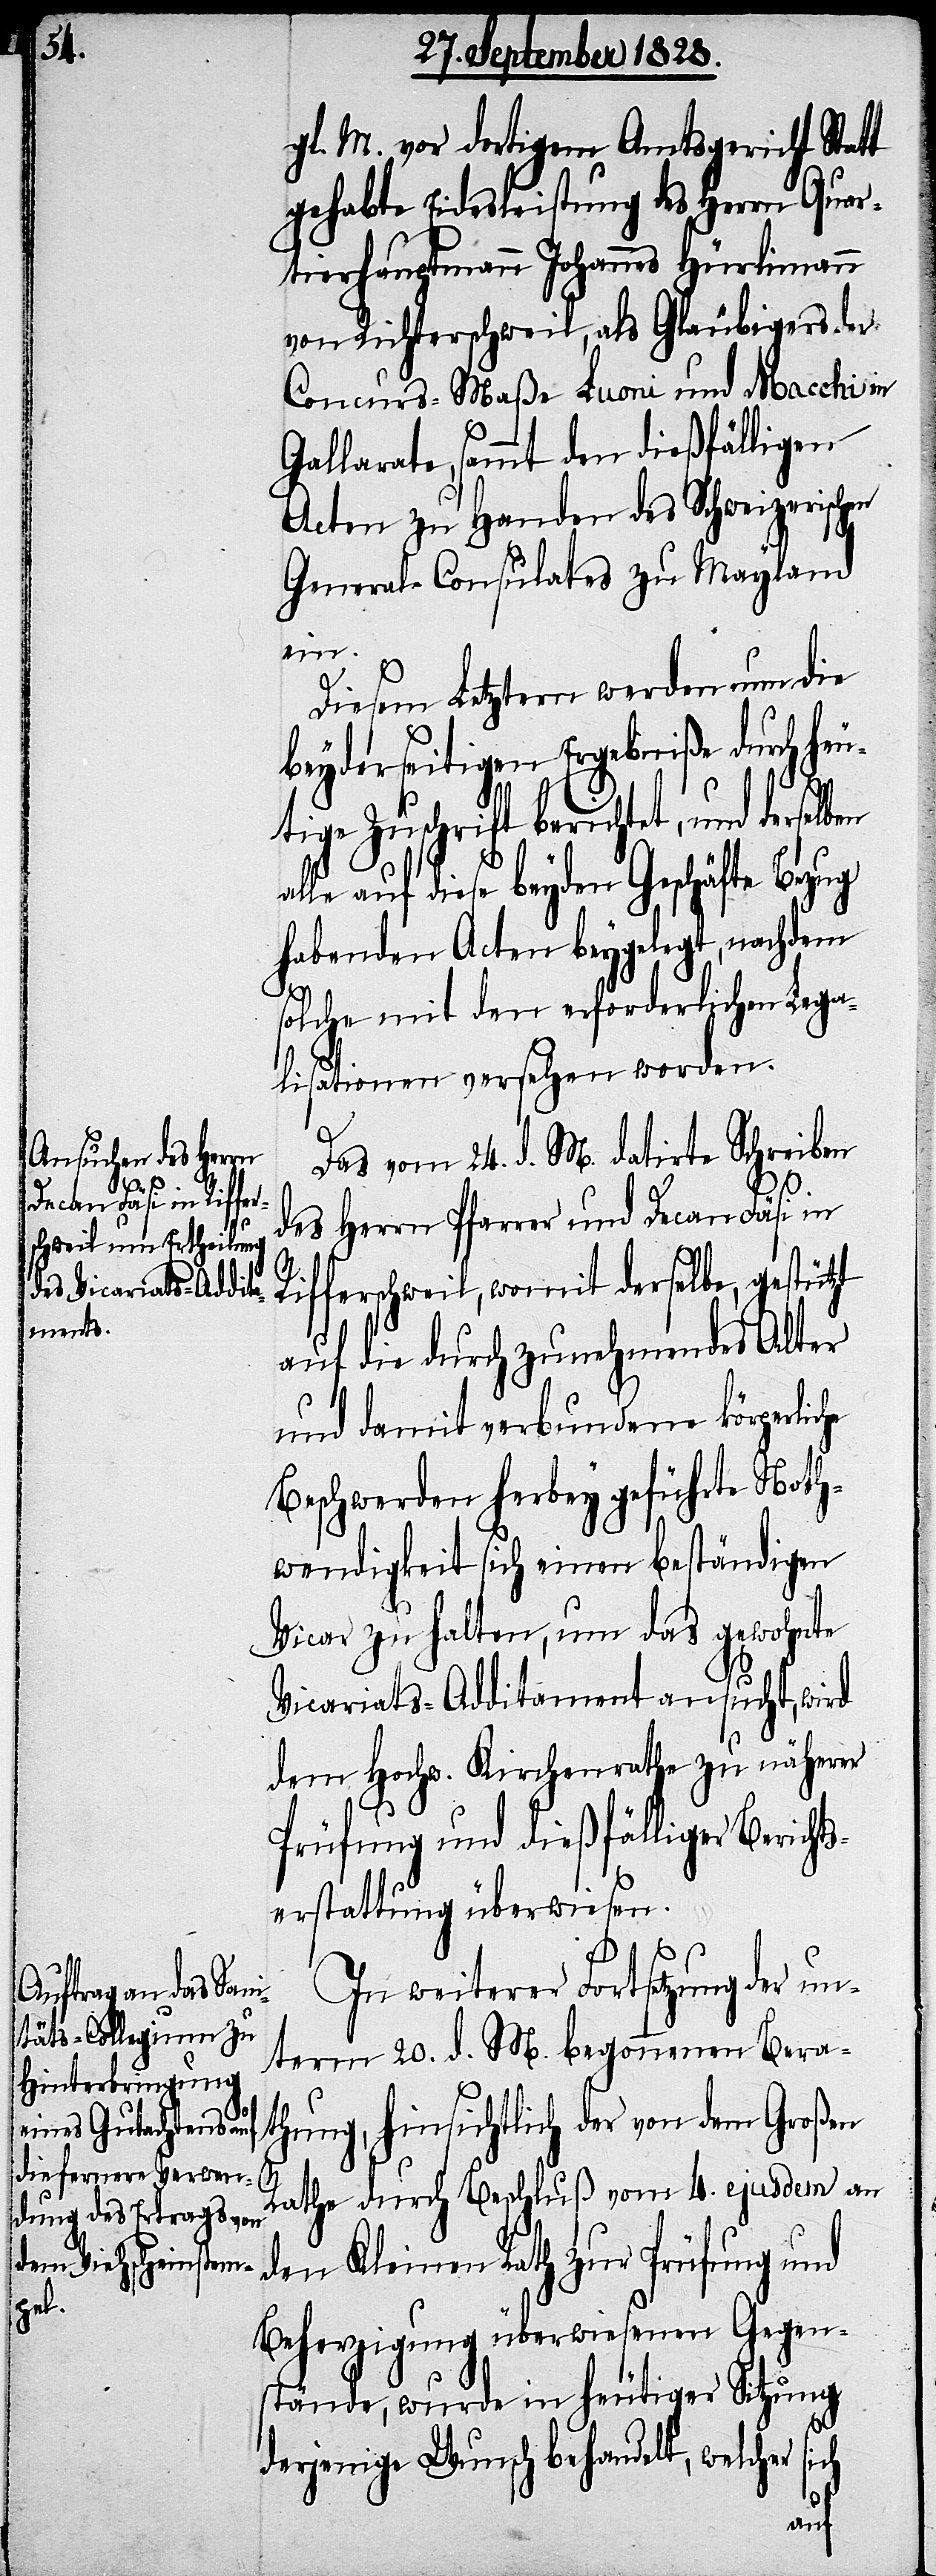
gl. M. vor dortigem Amtsgericht Statt
gehabte Eidesleistung des Herrn Quar¬
tierhauptmann Johannes Hürlimann
von Richterschweil, als Gläubigers der
Concurs-Maße Luoni und Macchi in
Gallarate, sammt den dießfälligen
Acten zu Handen des Schweizerischen
General-Consulates zu Mayland
ein.
Diesem Letztern werden nun die
beyderseitigen Ergebniße durch heu¬
tige Zuschrift berichtet, und derselben
alle auf diese beyden Geschäfte Bezug
habenden Acten beygelegt, nachdem
solche mit den erforderlichen Lega¬
lisationen versehen worden.
Das vom 24. d. M. datirte Schreiben
des Herrn Pfarrer und Decan Fäsi in
Rifferschweil, womit derselbe, gestützt
auf die durch zunehmendes Alter
und damit verbundene körperliche
Beschwerden herbey geführte Noth¬
wendigkeit sich einen beständigen
Vicar zu halten, um das gewohnte
Vicariats-Additament ansucht, wird
dem Hochw. Kirchenrathe zu näherer
Prüfung und dießfälliger Berichts¬
erstattung überwiesen.
In weiterer Fortsetzung der u¬
nterm 20. d. M. begonnenen Bera¬
thung, hinsichtlich der von dem Großen
Rathe durch Beschluß vom 4. ejusdem an
den Kleinen Rath zur Prüfung und
Beherzigung überwiesenen Gegen¬
stände, wurde in heutiger Sitzung
derjenige Wunsch behandelt, welcher
sich